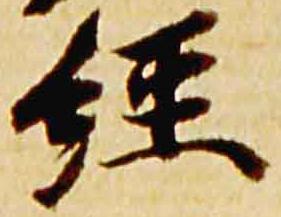
経